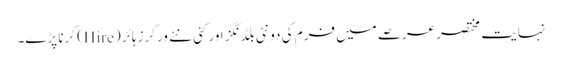
نہایت مختصر عرصے میں فرم کی دو نئی بلڈنگز اور کئی نئے ورکرز ہائر (Hire) کرنا پڑے۔